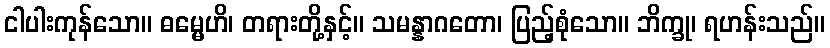
ငါပါးကုန်သော။ ဓမ္မေဟိ၊ တရားတို့နှင့်။ သမန္နာဂတော၊ ပြည့်စုံသော။ ဘိက္ခု၊ ရဟန်းသည်။